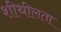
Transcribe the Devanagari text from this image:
शीथीलता